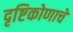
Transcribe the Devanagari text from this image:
दृष्टिकोणाचे